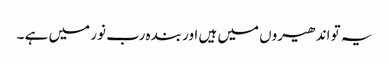
یہ تو اندھیروں میں ہیں اور بندہ رب نور میں ہے ۔